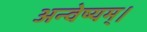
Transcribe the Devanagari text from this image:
अन्वेष्यम्।